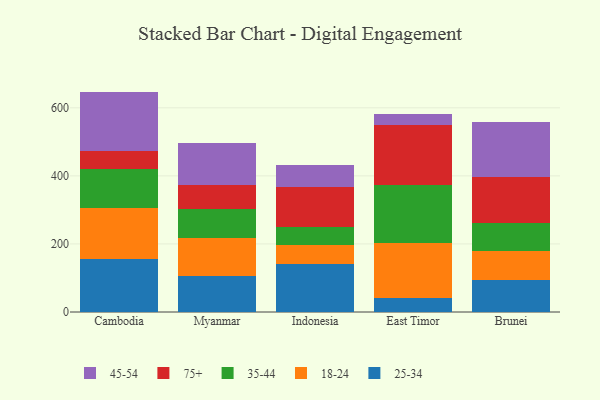
{"axis": {"x": "Country", "y": "Production Output"}, "legend": ["18-24", "25-34", "35-44", "45-54", "75+"], "data": [{"x": "Cambodia", "y": 155.3, "type": "25-34"}, {"x": "Cambodia", "y": 150.1, "type": "18-24"}, {"x": "Cambodia", "y": 116.2, "type": "35-44"}, {"x": "Cambodia", "y": 52.3, "type": "75+"}, {"x": "Cambodia", "y": 173.8, "type": "45-54"}, {"x": "Myanmar", "y": 106.0, "type": "25-34"}, {"x": "Myanmar", "y": 111.3, "type": "18-24"}, {"x": "Myanmar", "y": 84.6, "type": "35-44"}, {"x": "Myanmar", "y": 70.1, "type": "75+"}, {"x": "Myanmar", "y": 123.6, "type": "45-54"}, {"x": "Indonesia", "y": 142.5, "type": "25-34"}, {"x": "Indonesia", "y": 54.4, "type": "18-24"}, {"x": "Indonesia", "y": 53.5, "type": "35-44"}, {"x": "Indonesia", "y": 117.7, "type": "75+"}, {"x": "Indonesia", "y": 64.8, "type": "45-54"}, {"x": "East Timor", "y": 41.2, "type": "25-34"}, {"x": "East Timor", "y": 163.0, "type": "18-24"}, {"x": "East Timor", "y": 167.9, "type": "35-44"}, {"x": "East Timor", "y": 177.9, "type": "75+"}, {"x": "East Timor", "y": 31.2, "type": "45-54"}, {"x": "Brunei", "y": 94.8, "type": "25-34"}, {"x": "Brunei", "y": 85.9, "type": "18-24"}, {"x": "Brunei", "y": 82.2, "type": "35-44"}, {"x": "Brunei", "y": 134.2, "type": "75+"}, {"x": "Brunei", "y": 162.7, "type": "45-54"}]}